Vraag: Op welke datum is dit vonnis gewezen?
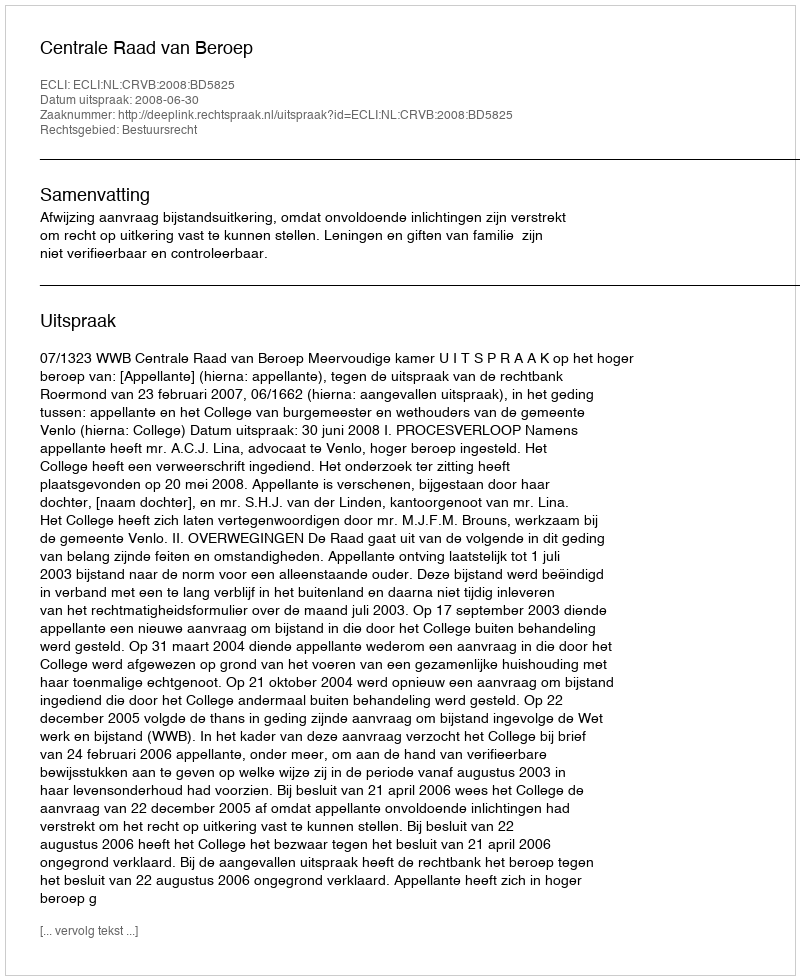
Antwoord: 2008-06-30